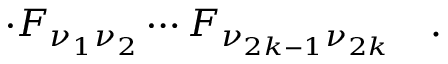
\cdot F _ { \nu _ { 1 } \nu _ { 2 } } \cdots F _ { \nu _ { 2 k - 1 } \nu _ { 2 k } } \quad .